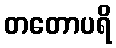
တတောပရိ